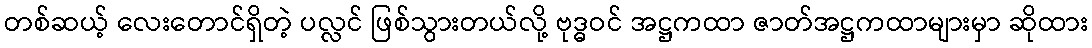
တစ်ဆယ့် လေးတောင်ရှိတဲ့ ပလ္လင် ဖြစ်သွားတယ်လို့ ဗုဒ္ဓဝင် အဋ္ဌကထာ ဇာတ်အဋ္ဌကထာများမှာ ဆိုထား